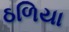
ઠળિયા